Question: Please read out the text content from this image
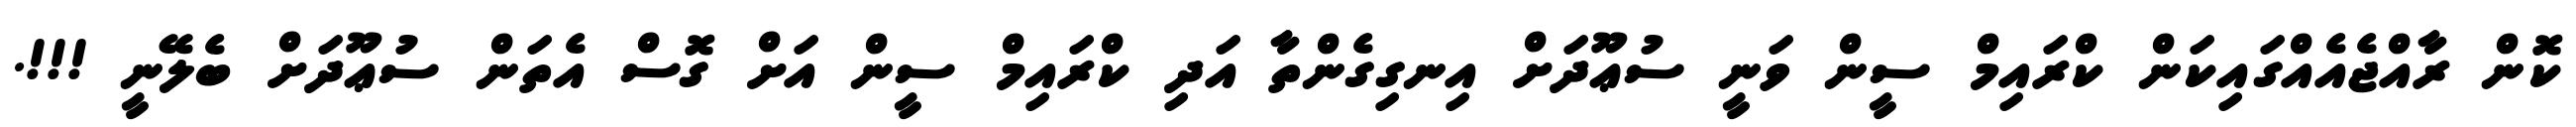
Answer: ކޮން ރާއްޖެއެއްގައިކަން ކްރައިމް ސީން ވަނީ ސުޢޫދަށް އިނގިގެންތާ އަދި ކްރައިމް ސީން އަށް ގޮސް އެތަން ސުޢޫދަށް ބެލޭނީ !!!.